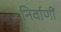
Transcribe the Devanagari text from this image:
निर्वाणीं